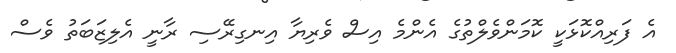
އެ ފަރިއްކޮޅަކީ ކޮމަންވެލްތުގެ އެންމެ އިސް ވެރިޔާ އިނގިރޭސި ރާނީ އެލިޒަބަތު ވެސް